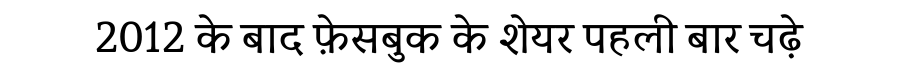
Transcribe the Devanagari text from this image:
2012 के बाद फ़ेसबुक के शेयर पहली बार चढ़े